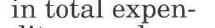
in total expen-